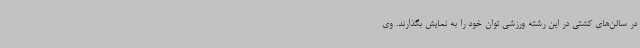
در سالن‌های کشتی در این رشته ورزشی توان خود را به نمایش بگذارند. وی